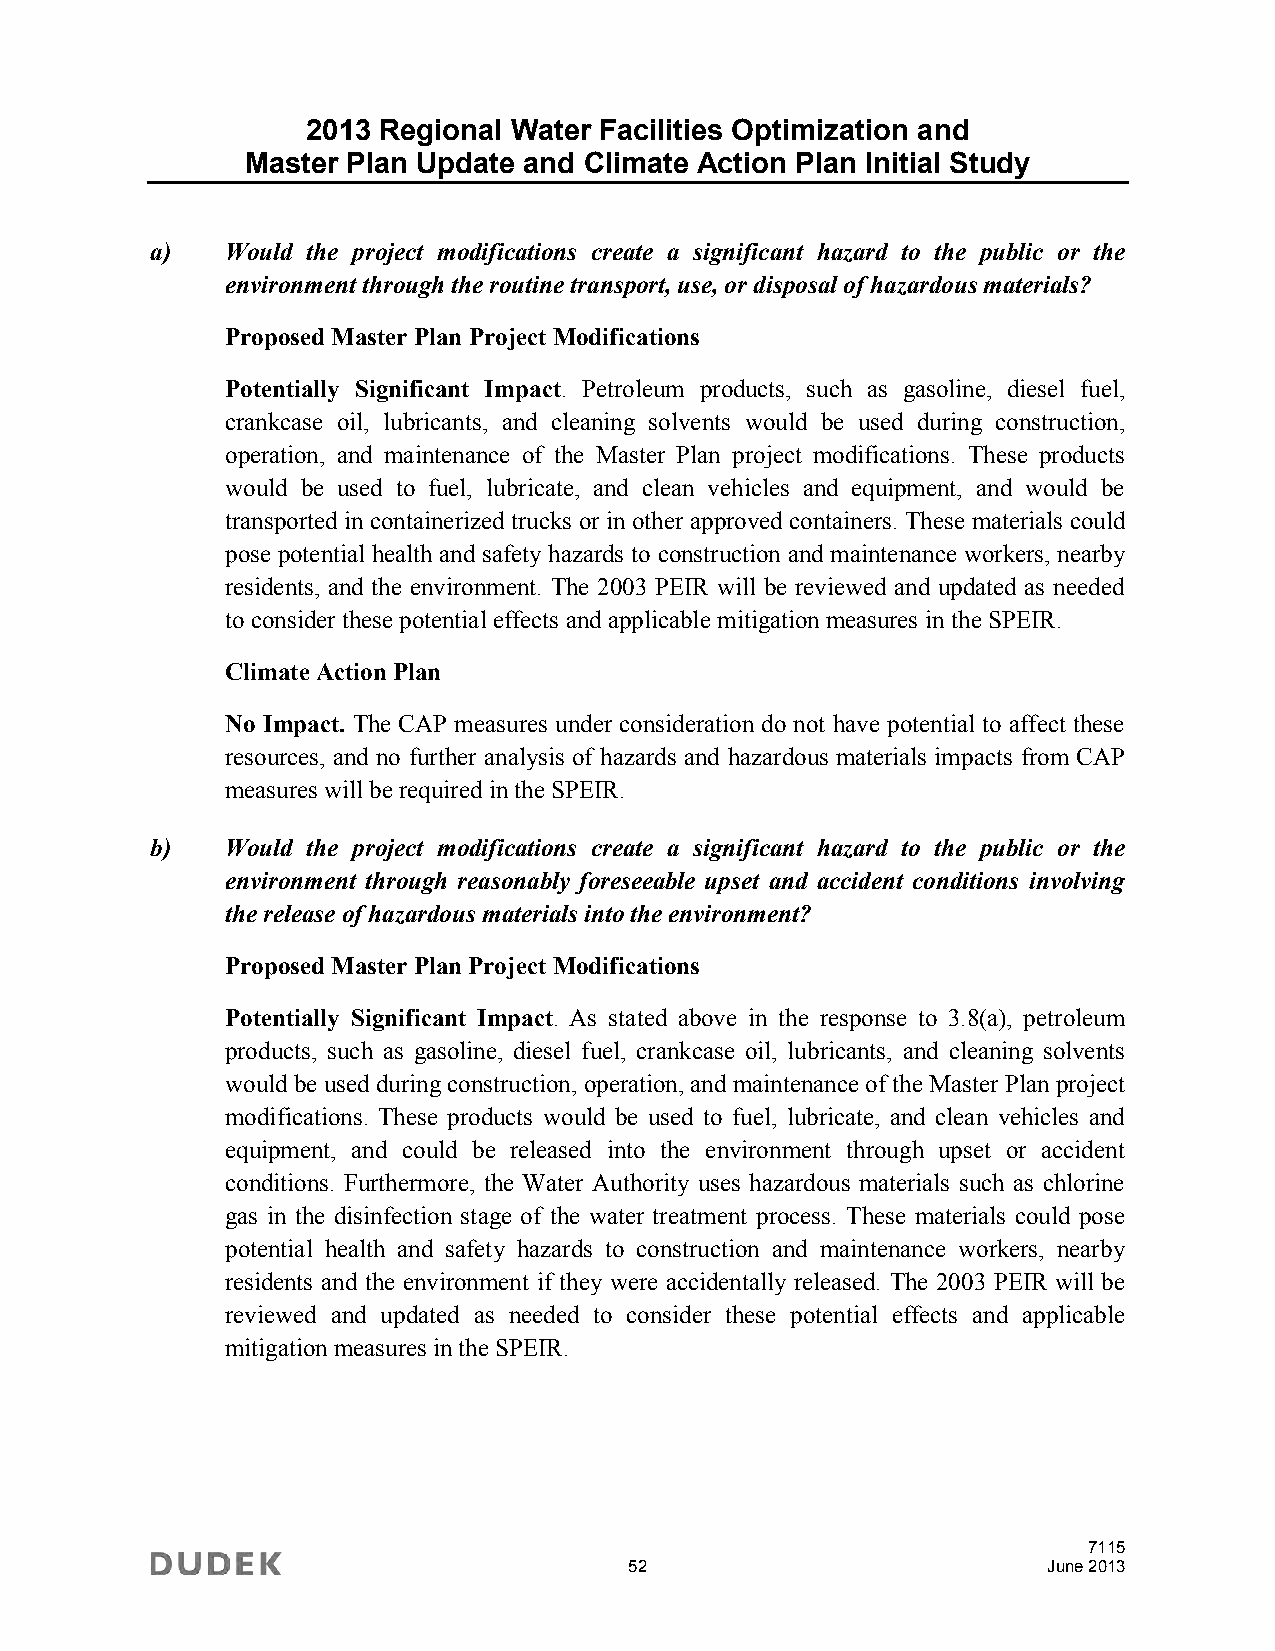
2013 Regional Water Facilities Optimization and
 Master Plan Update and Climate Action Plan Initial Study
 a)   Would the project modifications create a significant hazard to the public or the
 environment through the routine transport, use, or disposal of hazardous materials?
 Proposed Master Plan Project Modifications
 Potentially Significant Impact. Petroleum products, such as gasoline, diesel fuel,
 crankcase oil, lubricants, and cleaning solvents would be used during construction,
 operation, and maintenance of the Master Plan project modifications. These products
 would be used to fuel, lubricate, and clean vehicles and equipment, and would be
 transported in containerized trucks or in other approved containers. These materials could
 pose potential health and safety hazards to construction and maintenance workers, nearby
 residents, and the environment. The 2003 PEIR will be reviewed and updated as needed
 to consider these potential effects and applicable mitigation measures in the SPEIR.
 Climate Action Plan
 No Impact. The CAP measures under consideration do not have potential to affect these
 resources, and no further analysis of hazards and hazardous materials impacts from CAP
 measures will be required in the SPEIR.
 b)   Would the project modifications create a significant hazard to the public or the
 environment through reasonably foreseeable upset and accident conditions involving
 the release of hazardous materials into the environment?
 Proposed Master Plan Project Modifications
 Potentially Significant Impact. As stated above in the response to 3.8(a), petroleum
 products, such as gasoline, diesel fuel, crankcase oil, lubricants, and cleaning solvents
 would be used during construction, operation, and maintenance of the Master Plan project
 modifications. These products would be used to fuel, lubricate, and clean vehicles and
 equipment, and could be released into the environment through upset or accident
 conditions. Furthermore, the Water Authority uses hazardous materials such as chlorine
 gas in the disinfection stage of the water treatment process. These materials could pose
 potential health and safety hazards to construction and maintenance workers, nearby
 residents and the environment if they were accidentally released. The 2003 PEIR will be
 reviewed and updated as needed to consider these potential effects and applicable
 mitigation measures in the SPEIR.
 7115
 52                         June 2013